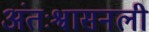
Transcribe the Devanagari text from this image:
अंतःश्वासनली